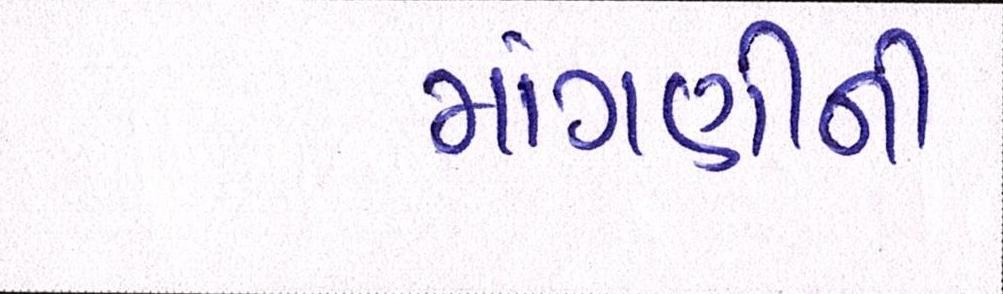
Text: માગણીની